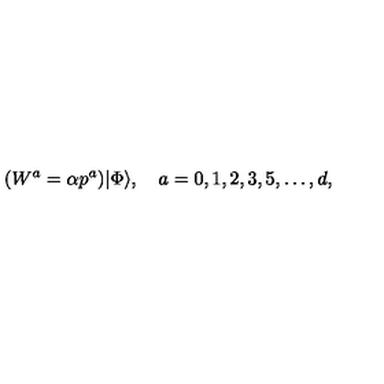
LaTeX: ( W ^ { a } = \alpha p ^ { a } ) | \Phi \rangle , \quad a = 0 , 1 , 2 , 3 , 5 , \dots , d ,